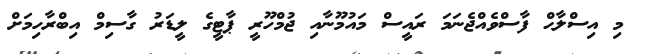
މި އިސްލާޙް ފާސްވެއްޖެނަމަ ރައީސް މައުމޫނާއި ޖުމްހޫރީ ޕާޓީގެ ލީޑަރު ގާސިމް އިބްރާހިމަށް